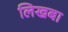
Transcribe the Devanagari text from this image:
लिखबा